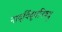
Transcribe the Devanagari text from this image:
नादविंदूपनिषद्